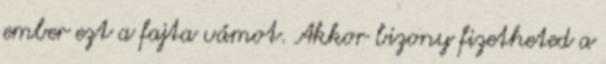
ember ezt a fajta vámot. Akkor bizony fizetheted a